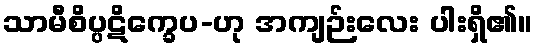
သာမီစိပ္ပဋိက္ခေပ-ဟု အကျဉ်းလေး ပါးရှိ၏။